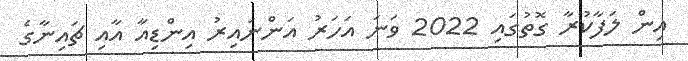
އިން ލަފާކުރާ ގޮތުގައި 2022 ވަނަ އަހަރު އަންނައިރު އިންޑިއާ އާއި ޗައިނާގެ